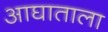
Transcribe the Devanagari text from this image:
आघाताला